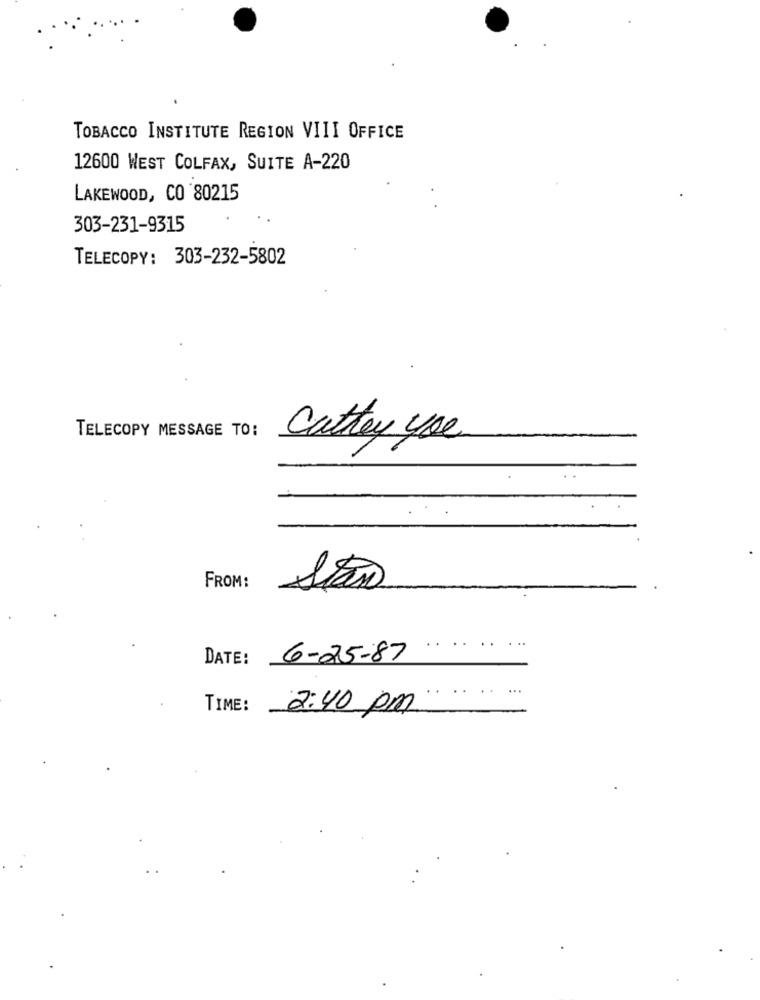
TOBACCO INSTITUTE REGION VIII OFFICE
12600 WEST COLFAX, SUITE A-220
LAKEWOOD, CO 80215
303-231-9315
TELECOPY: 303-232-5802
TELECOPY MESSAGE TO:
cattery you
FROM:
Stan
..
DATE:
6-25-87
..
TIME:
2:40 pm